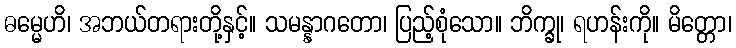
ဓမ္မေဟိ၊ အဘယ်တရားတို့နှင့်။ သမန္နာဂတော၊ ပြည့်စုံသော။ ဘိက္ခု၊ ရဟန်းကို။ မိတ္တော၊